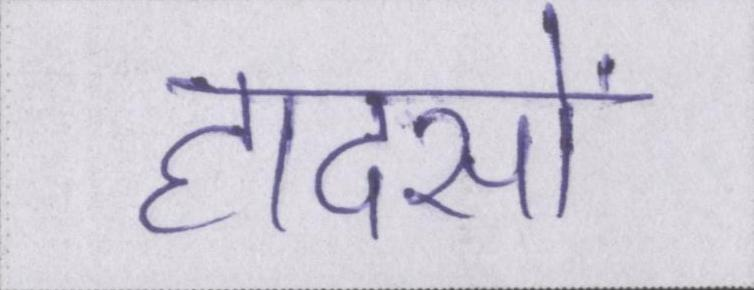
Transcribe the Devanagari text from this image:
हादसों